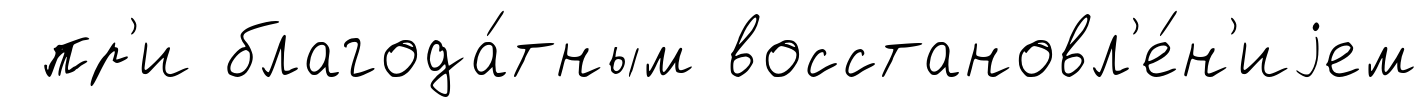
пр'и благода́тным восстановл'е́н'иjем